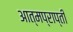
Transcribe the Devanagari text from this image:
आत्मप्राप्ती